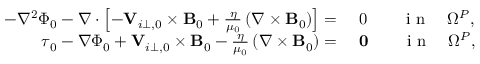
\begin{array} { r l } { - \nabla ^ { 2 } \Phi _ { 0 } - \nabla \cdot \left[ - { \mathbf V } _ { i \perp , 0 } \times { \mathbf B _ { 0 } } + \frac { \eta } { \mu _ { 0 } } \left( \nabla \times { \mathbf B _ { 0 } } \right) \right] = } & { { } ~ 0 \qquad \mathrm { ~ i ~ n ~ } \quad \Omega ^ { P } , } \\ { \boldsymbol { \tau } _ { 0 } - \nabla \Phi _ { 0 } + { \mathbf V } _ { i \perp , 0 } \times { \mathbf B _ { 0 } } - \frac { \eta } { \mu _ { 0 } } \left( \nabla \times { \mathbf B _ { 0 } } \right) = } & { { } ~ \mathbf { 0 } \qquad \mathrm { ~ i ~ n ~ } \quad \Omega ^ { P } , } \end{array}